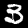
Label: 3